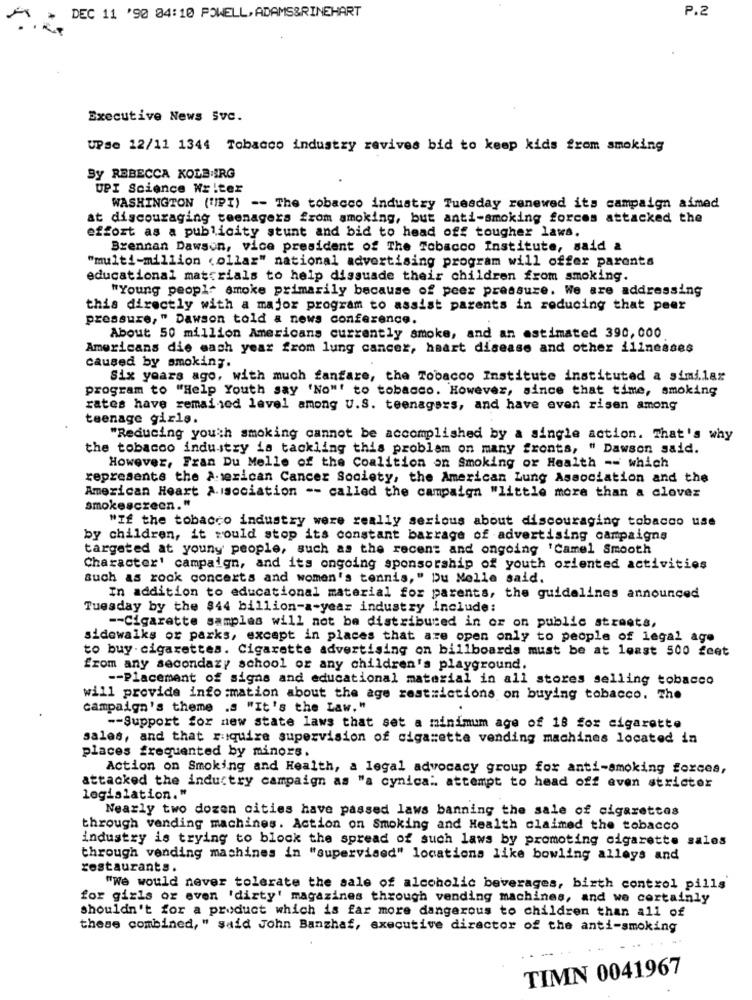
P.2
DEC 11 '90 04:10 POWELL, ADAMS&RINEHART
Executive News Svc.
UPse 12/11 1344 Tobacco industry revives bid to keep kids from smoking
By REBECCA KOLE IRG
UPI Science Writer
WASHINGTON (UPI) -- The tobacco industry Tuesday renewed its campaign aimed
at discouraging teenagers from smoking, but anti-smoking forces attacked the
effort as a publicity stunt and bid to head off tougher laws.
Brennan Dawson, vice president of The Tobacco Institute, said &
"multi-million (ollaz" national advertising program will offer parents
educational materials to help dissuade their children from smoking
"Young people smoke primarily because of peer pressure. We are addressing
this directly with a major program to assist parents in reducing that peer
pressure, " Dawson told a news conference.
About 50 million Americans currently smoke, and an estimated 390, 000
Americans die each year from lung cancer, heart disease and other illnesses
Caused by smoking.
Six years ago, with much fanfare, the Tobacco Institute instituted a similar
program to "Help Youth say 'No"' to tobacco. However, since that time, smoking
rates have remained level among U.S. teenagers, and have even risen among
teenage girls.
"Reducing youth smoking cannot be accomplished by a single action. That's why
the tobacco industry is tackling this problem on many fronts, " Dawson said.
However, Fran Du Melle of the Coalition on Smoking or Health -- which
represents the American Cancer Society, the American Lung Association and the
American Heart Association -- called the campaign "little more than a clever
smokescreen."
"If the tobacco industry were really serious about discouraging tobacco use
by children, it would stop its constant barrage of advertising campaigns
targeted at youny people, such as the recent and ongoing 'Camel Smooth
Character' campaign, and its ongoing sponsorship of youth oriented activities
such as rook concerts and women's tennis," Du Nelle said.
In addition to educational material for parents, the guidelines announced
Tuesday by the $44 billion-a-year industry include:
-- Cigarette samples will not be distributed in or on public streets,
sidewalks or parks, except in places that are open only to people of legal age
to buy cigarettes. Cigarette advertising on billboards must be at least 500 feet
from any secondazy school or any children's playground.
-- Placement of signs and educational material in all stores selling tobacco
will provide information about the age restrictions on buying tobacco. The
campaign's theme .s "It's the Law,"
-- Support for new state laws that set a minimum age of 18 fox cigarette
sales, and that require supervision of cigarette vending machines located in
places frequented by minors.
Action on Smoking and Health, a legal advocacy group for anti-smoking forces,
attacked the inductry campaign as "a cynical. attempt to head off even stricter
legislation."
Nearly two dozen cities have passed laws banning the sale of cigarettes
through vending machines. Action on Smoking and Health claimed the tobacco
industry is trying to block the spread of such laws by promoting cigarette sales
through vending machines in "supervised" locations like bowling alleys and
restaurants
"We would never tolerate the sale of alcoholic beverages, birth control pills
for girls or even 'dirty' magazines through vending machines, and we certainly
shouldn't for a product which is far more dangerous to children than all of
these combined," said John Banzhaf, executive director of the anti-smoking
TIMN 0041967